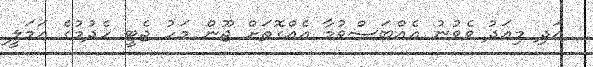
އަދި މިއަދު ވެވުނު އެއްބަސްވުމާ އެއްގޮތަށް ޖޫން މަހު ޖެޓީ ހެދުމުގެ އަމަލީ